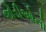
જોડીઓનો